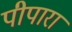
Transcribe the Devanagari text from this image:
पीपारा